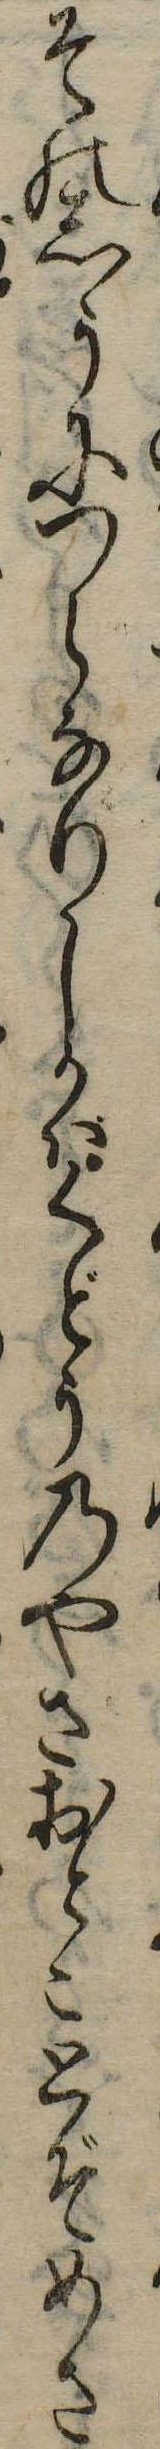
そのしうにつらなりしかばくどうのやさおとことぞめさ